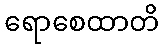
ရောစေထာတိ